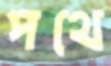
পথে